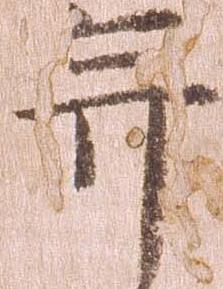
并